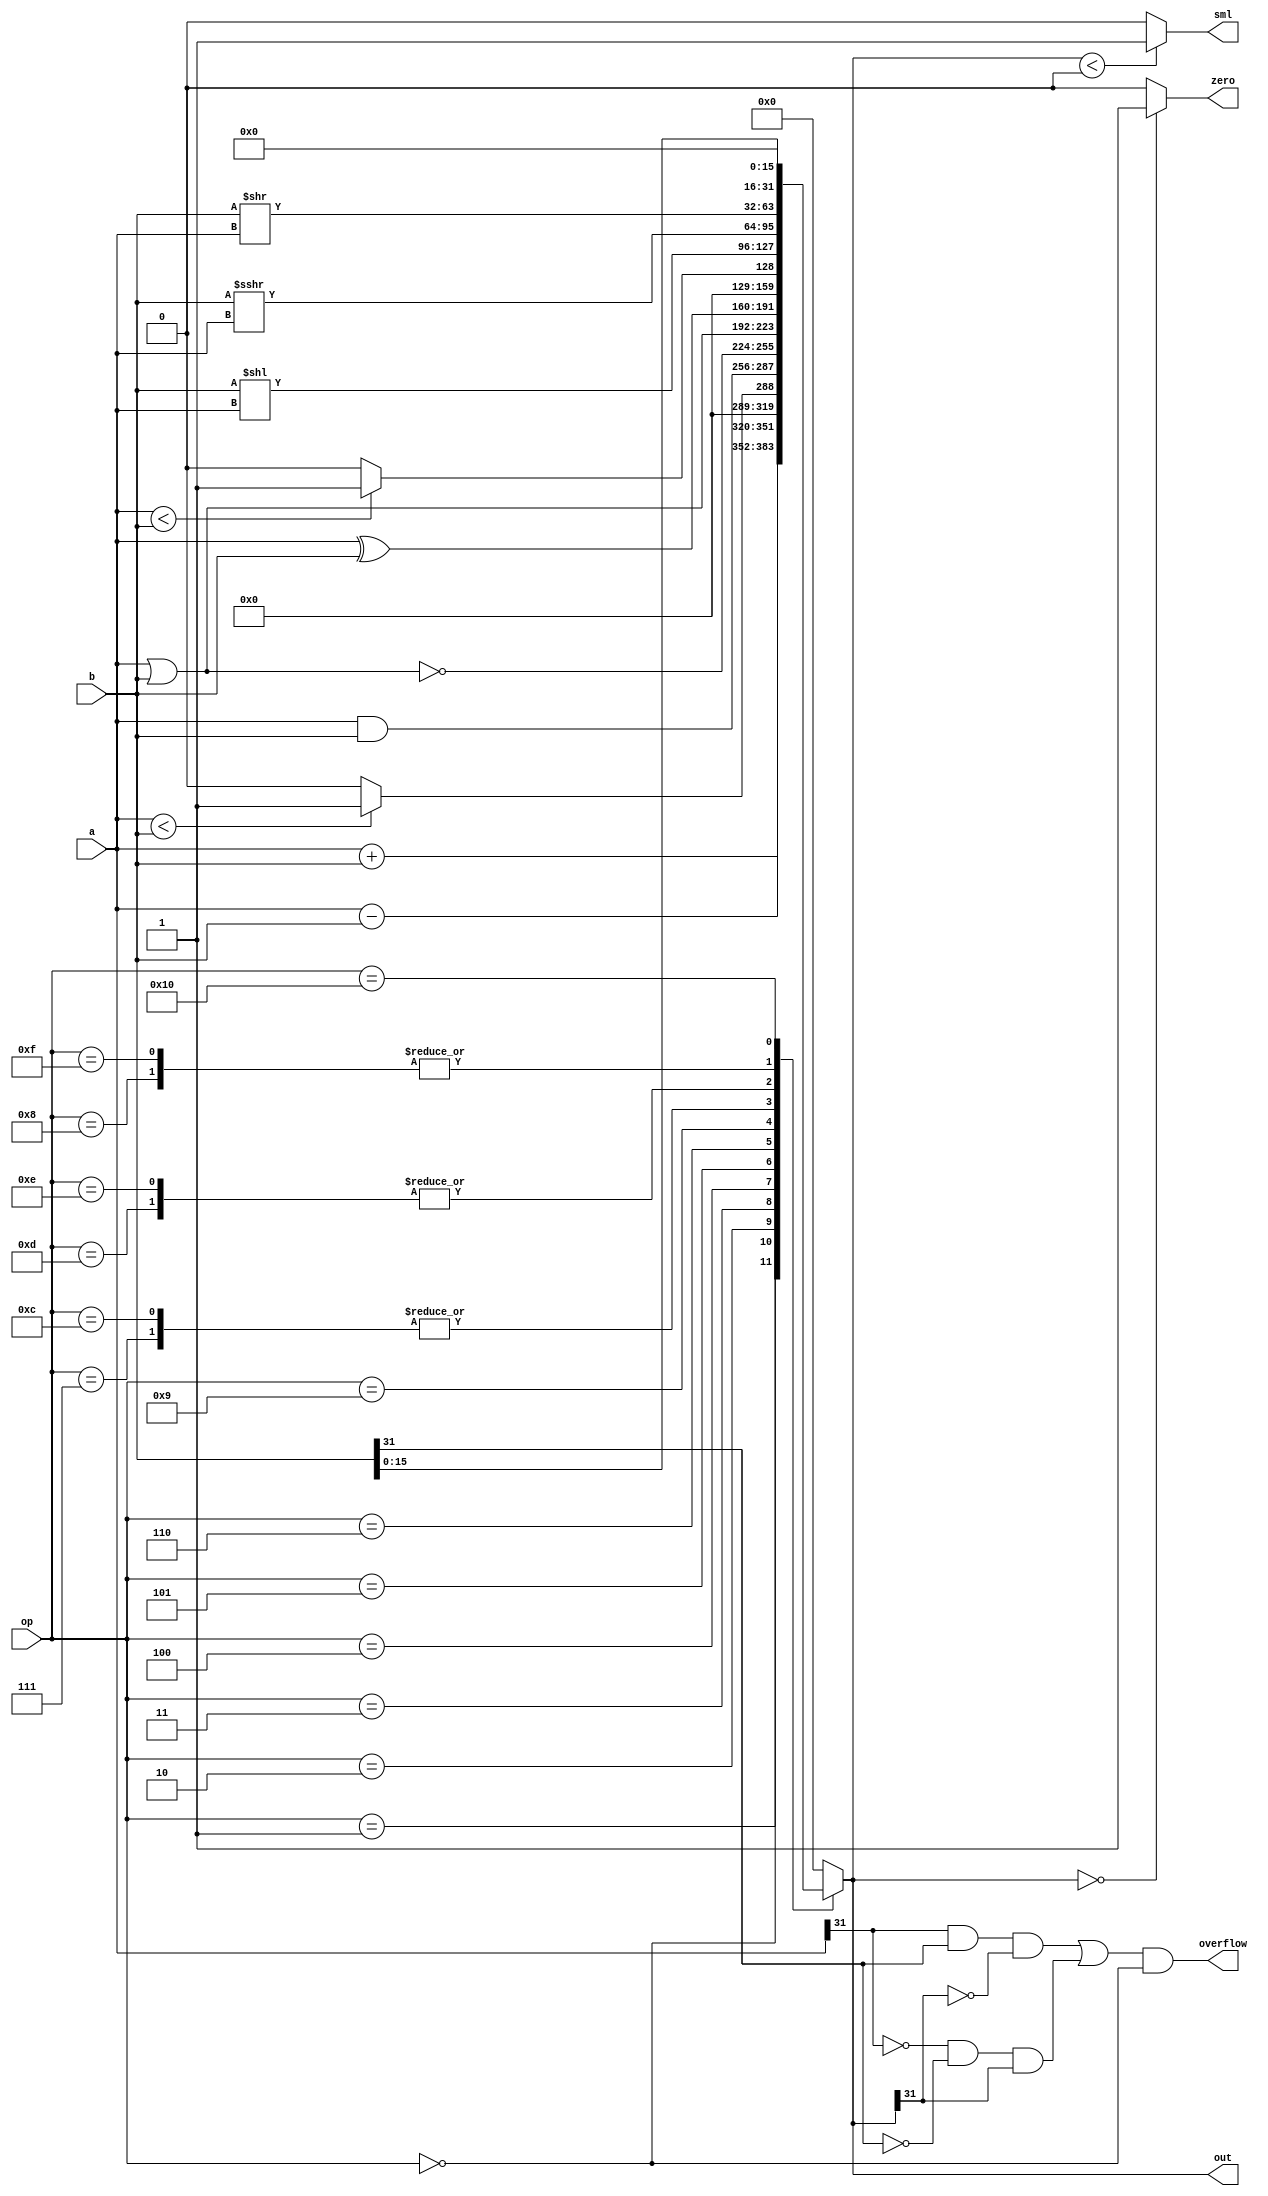
`timescale 1ns / 1ns

module ALU_320(
    input [31:0] a,
    input [31:0] b,
    input [4:0] op,
    output reg [31:0] out,
	output zero,
	output sml,
	output overflow
);

wire signed [31:0] a2;
wire signed [31:0] b2;

assign a2=a;
assign b2=b;


always @(*) begin
    case(op)
        5'b00000: out = a + b; 
        5'b00001: out = a - b; 
        5'b00010: out = a2 < b2?32'd1:32'd0; //slti
        5'b00011: out = a & b; 
        5'b00100: out = ~(a | b); 
        5'b00101: out = a | b; 
        5'b00110: out = a ^ b; 
		5'b00111: out = b << a;//sll-
		5'b01000: out = b >> a;//srl-
		5'b01001: out = a < b?32'd1:32'd0;//sltiu
		5'b01010: out = 0;//jalr pc+4
		5'b01011: out = 0;//jr $31
		5'b01100: out = b<<a;//sllv-
		5'b01101: out = b2>>>a;//sra -
		5'b01110: out = b2>>>a;//srav-
		5'b01111: out = b>>a;//srlv
		5'b10000: out = b<<16;//lui
		
        default: out = 32'h0000_0000; 
    endcase
end

assign zero= (out==32'd0) ? 1'b1:1'b0;
assign sml= out<0 ? 1'b1:1'b0;
assign overflow=(a[31]&b[31]&(~out[31])) | ((~a[31])&(~b[31])&out[31])&&(op==5'b00000);

endmodule